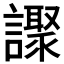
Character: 𧭍